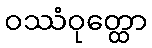
ဝဿံဝုတ္ထော